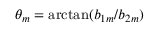
\theta _ { m } = \arctan ( b _ { 1 m } / b _ { 2 m } )